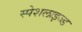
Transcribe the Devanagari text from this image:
स्पेशलाइज्ड